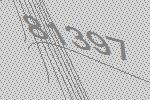
81397